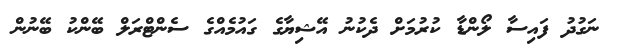
ނަގުދު ފައިސާ ލޯންޑާ ކުރުމަށް ދެކުނު އޭޝިޔާގެ ގައުމެއްގެ ސެންޓްރަލް ބޭންކު ބޭނުން